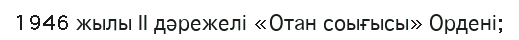
1946 жылы ІІ дәрежелі «Отан соығысы» Ордені;